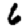
Digit: 6